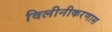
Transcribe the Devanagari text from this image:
विलीनीकरणास